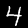
Digit: 4